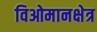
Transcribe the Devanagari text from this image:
विओमानक्षेत्र